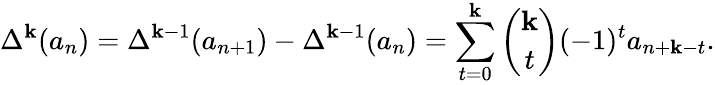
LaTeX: \Delta^{\mathbf{k}}(a_{n})=\Delta^{\mathbf{k}-1}(a_{n+1})-\Delta^{\mathbf{k}-1}(a_{n})=\sum_{t=0}^{\mathbf{k}}{\binom{\mathbf{k}}{t}}(-1)^{t}a_{n+\mathbf{k}-t}.